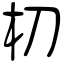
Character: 杒